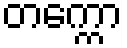
တက္ကော